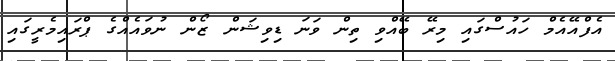
އެފްއޭއެމް ހައުސްގައި މިރޭ ބޭއްވި ތިން ވަނަ ޑިވިޝަން ޒޯން ނުވައެއްގެ ޕްރައިމެރީގައި